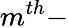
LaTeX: m^{th}-